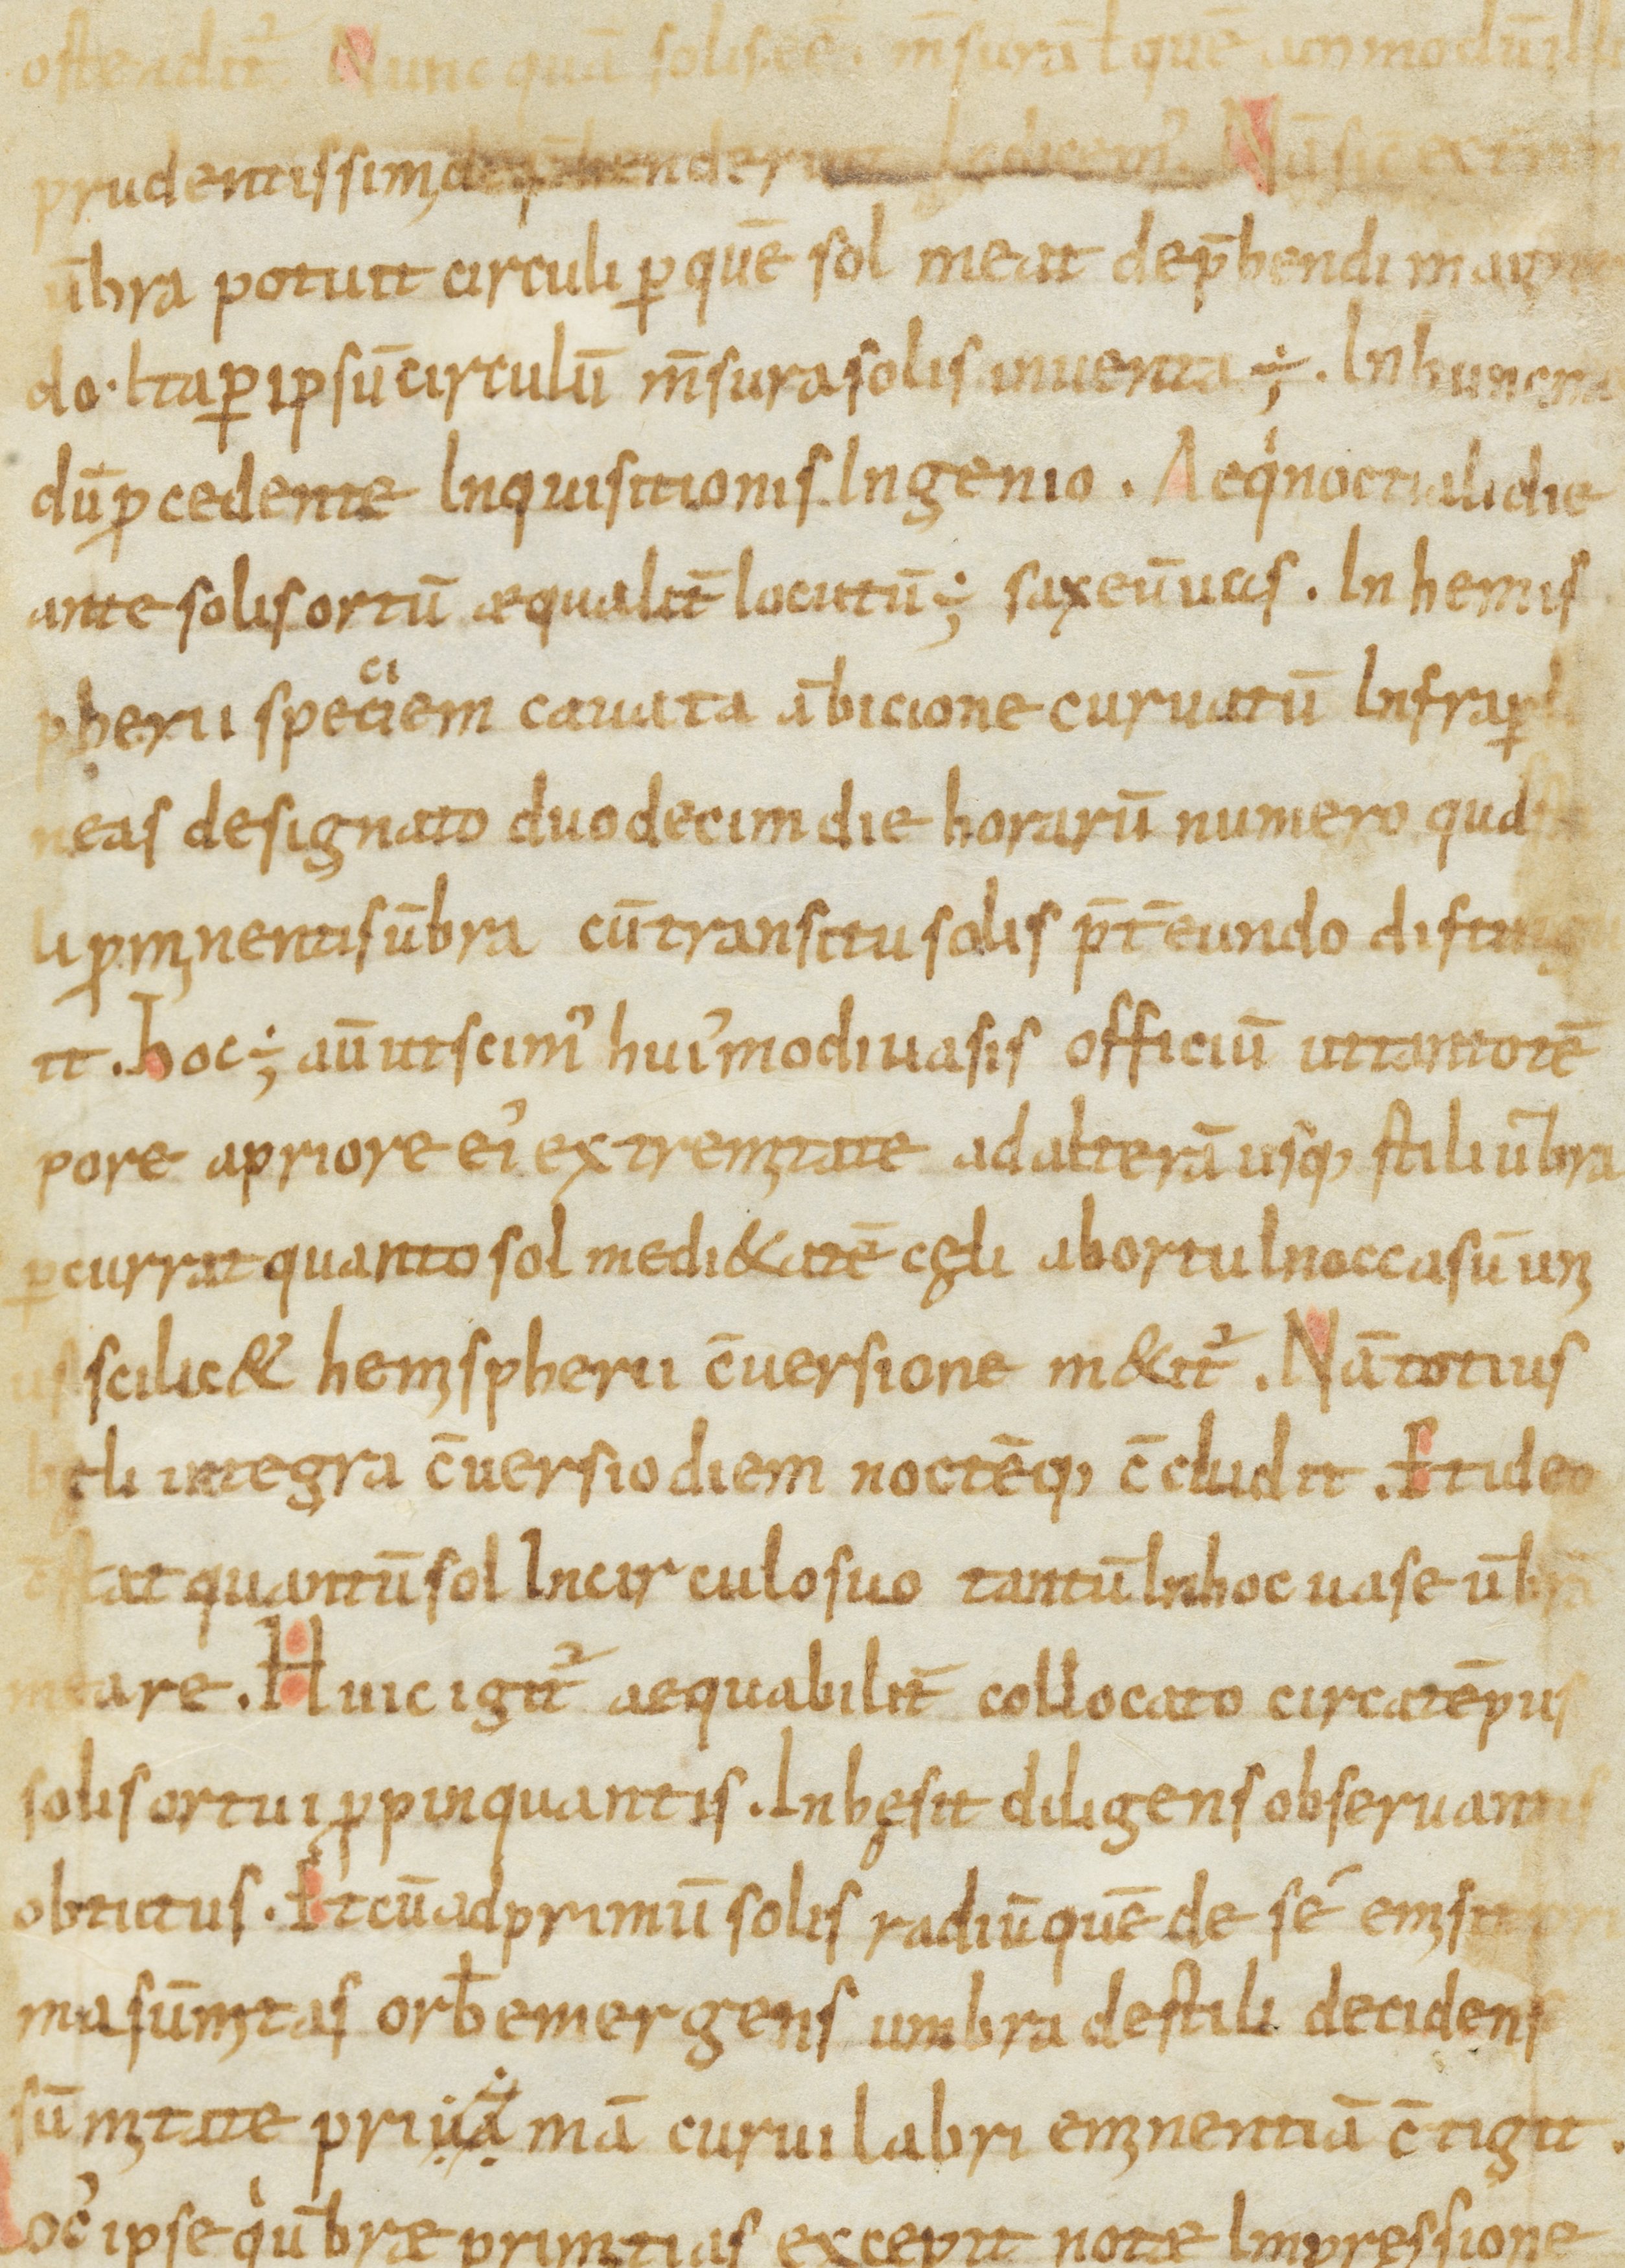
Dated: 900–1099